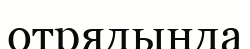
отрядында